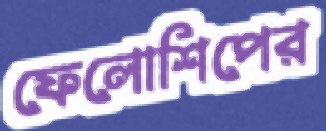
ফেলোশিপের